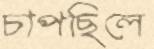
চাপছিলে